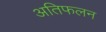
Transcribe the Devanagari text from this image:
अतिफलन